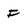
Character: F